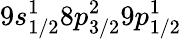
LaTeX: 9s_{1/2}^{1}8p_{3/2}^{2}9p_{1/2}^{1}